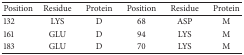
<table><thead><tr><td><b>Position</b></td><td><b>Residue</b></td><td><b>Protein</b></td><td><b>Position</b></td><td><b>Residue</b></td><td><b>Protein</b></td></tr></thead><tbody><tr><td>132</td><td>LYS</td><td>D</td><td>68</td><td>ASP</td><td>M</td></tr><tr><td>161</td><td>GLU</td><td>D</td><td>94</td><td>LYS</td><td>M</td></tr><tr><td>183</td><td>GLU</td><td>D</td><td>70</td><td>LYS</td><td>M</td></tr></tbody></table>